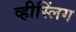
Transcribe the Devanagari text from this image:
व्हीस्लिंग